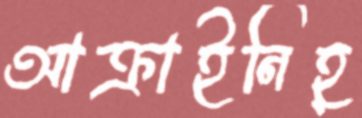
আক্রাইনিহ্